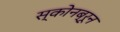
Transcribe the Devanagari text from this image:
स्कोनब्रून